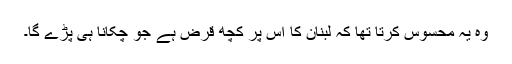
وہ یہ محسوس کرتا تھا کہ لبنان کا اس پر کچھ قرض ہے جو چکانا ہی پڑے گا۔